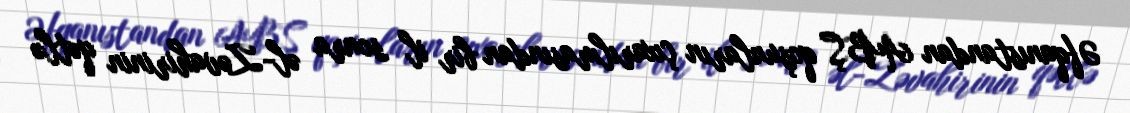
Əfqanıstandan ABŞ qoşunların çıxarılmasından bir il sonra əl-Zəvahirinin qətlə